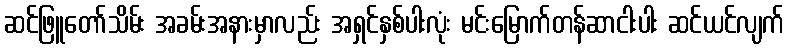
ဆင်ဖြူတော်သိမ်း အခမ်းအနားမှာလည်း အရှင်နှစ်ပါးလုံး မင်းမြောက်တန်ဆာငါးပါး ဆင်ယင်လျက်